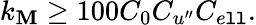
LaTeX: k_{\mathbf{M}}\geq100C_{0}C_{u^{\prime\prime}}C_{e\mathtt{l}\mathtt{l}}.